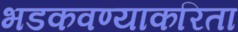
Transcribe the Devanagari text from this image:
भडकवण्याकरिता